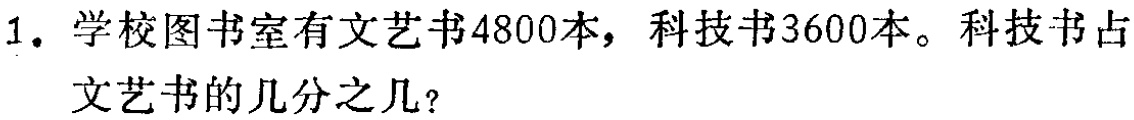
1. 学校图书室有文艺书$4800$本，科技书$3600$本。科技书占文艺书的几分之几？